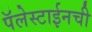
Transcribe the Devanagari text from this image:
पॅलेस्टाईनची